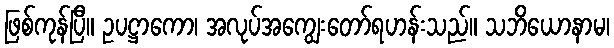
ဖြစ်ကုန်ပြီ။ ဥပဋ္ဌာကော၊ အလုပ်အကျွေးတော်ရဟန်းသည်။ သဘိယောနာမ၊